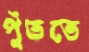
পুঁততে